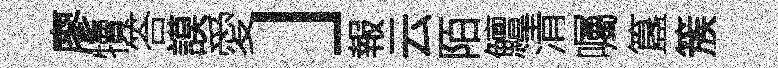
廖犢答謨愛」報云陌鱣清囑簋簇